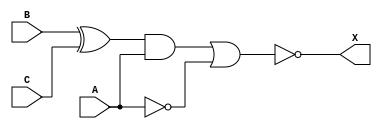

module circuit1_1(A, B, C, X);
    input A, B, C;
    output X;
    wire wire1, wire2, wire3;

    not NOT(wire2, A);
    xor EOR2(wire1, B, C);
    and AND2(wire3, wire1, A);
    nor NOR2(X, wire3, wire2);
endmodule

module testbench1_1;
    reg A, B, C;
    wire Z;
    circuit1_1 tb1(A, B, C, Z);
    initial
    begin
        A=1'b0; B=1'b0; C=1'b0;

        $display("Simulating output for circuit1_1");
        $monitor("%t A=%b B=%b C=%b Z=%b",$time, A,B,C,Z);
        
        #2 A=1'b0; B=1'b0; C=1'b1;
        #1 A=1'b0; B=1'b1; C=1'b0;
        #1 A=1'b0; B=1'b1; C=1'b1;
        #1 A=1'b1; B=1'b0; C=1'b0;
        #1 A=1'b1; B=1'b0; C=1'b1;
        #1 A=1'b1; B=1'b1; C=1'b0;
        #1 A=1'b1; B=1'b1; C=1'b1;
        #2 $finish;
    end
endmodule